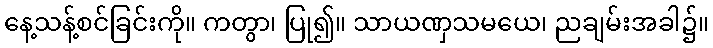
နေ့သန့်စင်ခြင်းကို။ ကတွာ၊ ပြု၍။ သာယဏှသမယေ၊ ညချမ်းအခါ၌။